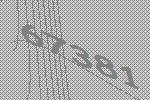
67381